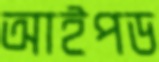
আইপড